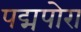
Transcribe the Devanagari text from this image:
पद्मपोरा